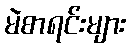
မဲစာရင်းများ